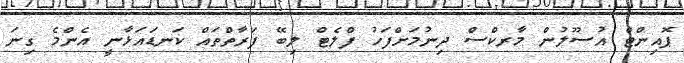
ޕޮއިންޓް އުސޫލުން މާރކްސް ދިނުމަށްފަހު ފްލެޓް ލިބޭ ފަރާތްތައް ކަނޑައަޅާނީ އެންމެ ގިނަ